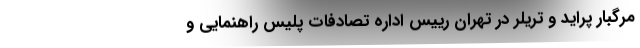
مرگبار پراید و تریلر در تهران رییس اداره تصادفات پلیس راهنمایی و